Calcutta medical institutions reports 1879-81 [i.e.91]
Year: 1879
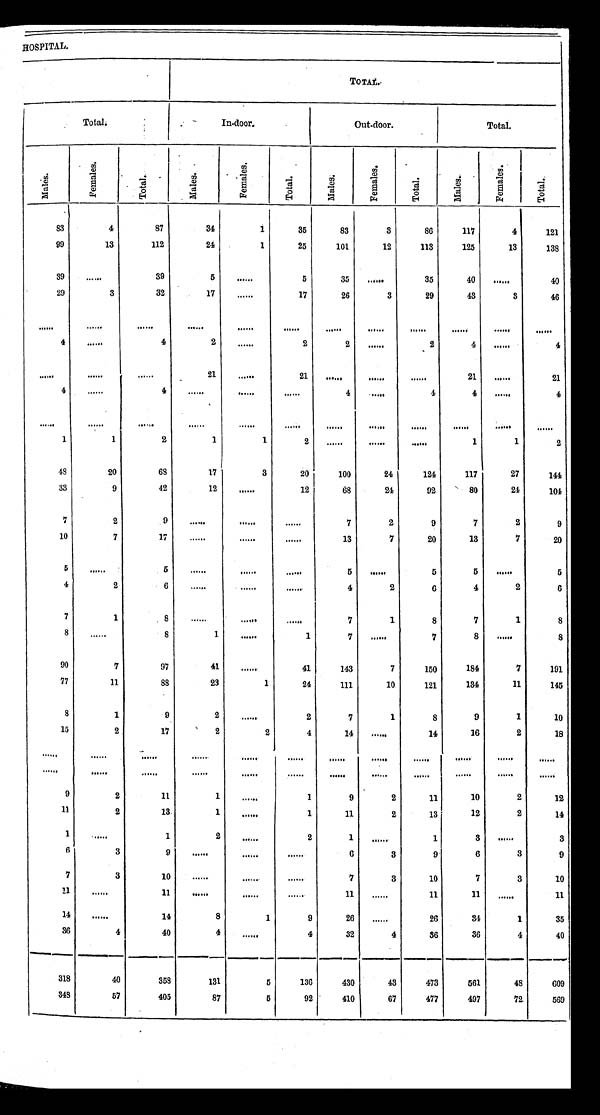
HOSPITAL.
T O T A L .
Total.
In-door.
Out-door.
Total.
M a l e s .
F e m a l e s .
T o t a l .
M a l e s .
F e m a l e s .
T o t a l .
Males.
F e m a l e s . T o t a l .
M a l e s .
F e m a l e s .
T o t a l .
83
4
87
34
1
35
83
3
86
117
4
121
99
13
112
24
1
25
101
12
113
125
13
138
39
. . .
39
5
. . .
5
35
. . .
35
40
. . .
40
29
3
32
17
. . .
17
26
3
29
43
3
46
. . .
. . .
. . .
. . .
. . .
. . .
. . .
. . .
. . .
. . .. . .
. . .
4
. . .
4
2
. . .
2
2
. . .
2
4
. . .
4
. . .
. . .. . .
21
. . .
21
. . .
. . .. . .
21
. . .
21
4
. . .
4
. . .
. . .
. . .
4
. . .
4
4
. . .
4
. . .
. . .
. . .
. . .
. . .
. . .
. . .
. . .
. . .
. . .
. . .
. . .
1
1
2
1
1
2
. . .
. . .
. . .
1
1
2
48
20
68
17
3
20
100
24
124
117
7
144
33
9
42
12
. . .
12
68
24
92
80
4
104
7
2
9
. . .
. . .. . .
7
2
9
7
2
9
10
7
17
. . .
. . .. . .
13
7
20
13
7
2 0
5
. . .
5
. . .
. . .
. . .
5
. . .
5
5
. . .
5
4
2
6
. . .. . .
. . .
4
2
6
4
2 6
7
1
8
. . .
. . .
. . .
7
1
8
7
1
8
8
. . .
8
1
. . .
1
7
. . .
7
8
. . .
8
90
7
97
41
. . .
41
143
7
150
184
7
191
77
11
88
23
1
24
111
10
121
134
11
1 4 5
8
1
9
2
. . .
2
7
1
8
9
1
10
15
2
17
2
2
4
14
. . .
14
16
2
18
. . .
. . .. . .
. . .
. . .
. . .
. . .
. . .
. . .
. . .
. . .
. . .
. . .
. . .
. . .
. . .
. . .
. . .
. . .
. . .
. . .
. . .
. . .
. . .
9
2
1 1
1
. . .
1
9
2
11
10
2
12
11
2
13
1
. . .
1
11
2
13
12
2
14
1
. . .
1
2
. . .
2
1
. . .
1
3
. . .
3
6
3
9 . . .
. . .. . .
6
3
9
6
3
9
7
3
10
. . .
. . .. . .
7
3
10
7
3
10
11
. . .
11 . . .
. . .
. . .
11
. . .
11
11
. . .
1 1
14
. . .
14
8
1
9
26
. . .
26
34
1
35
36
4
40
4
. . .
4
32
4
36
36
4
40
318
40
358
131
5
136
430
43
473
561
48
609
348
57
405
87
5
92
410
67
477
497
72
569